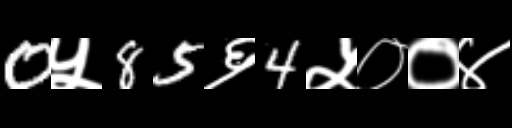
Text: 0५85६4५००४